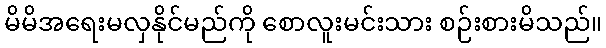
မိမိအရေးမလှနိုင်မည်ကို စောလူးမင်းသား စဉ်းစားမိသည်။